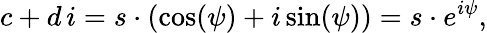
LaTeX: c+d\, i=s\cdot(\cos(\psi)+i\sin(\psi))=s\cdot e^{i\psi},